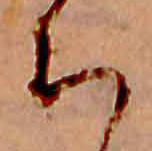
ち